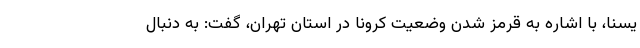
یسنا،‌ با اشاره به قرمز شدن وضعیت کرونا در استان تهران، گفت: به دنبال